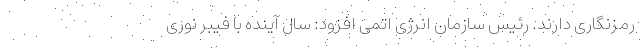
رمزنگاری دارند. رئیس سازمان انرژی اتمی افزود: سال آینده با فیبر نوری